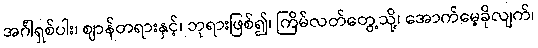
အင်္ဂါရှစ်ပါး၊ ဈာန်တရားနှင့်၊ ဘုရားဖြစ်၍၊ ကြိမ်လတ်တွေ့သို့၊ အောက်မေ့ခိုလျက်၊